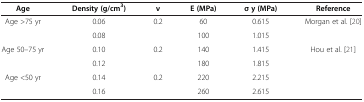
<table><thead><tr><td><b>Age</b></td><td><b>Density (g/cm<sup>3</sup>)</b></td><td><b>ν</b></td><td><b>E (MPa)</b></td><td><b>σ y (MPa)</b></td><td><b>Reference</b></td></tr></thead><tbody><tr><td rowspan="2">Age &gt;75 yr</td><td>0.06</td><td rowspan="2">0.2</td><td>60</td><td>0.615</td><td rowspan="2">Morgan et al. [20]</td></tr><tr><td>0.08</td><td>100</td><td>1.015</td></tr><tr><td rowspan="2">Age 50–75 yr</td><td>0.10</td><td rowspan="2">0.2</td><td>140</td><td>1.415</td><td rowspan="4">Hou et al. [21]</td></tr><tr><td>0.12</td><td>180</td><td>1.815</td></tr><tr><td rowspan="2">Age &lt;50 yr</td><td>0.14</td><td rowspan="2">0.2</td><td>220</td><td>2.215</td></tr><tr><td>0.16</td><td>260</td><td>2.615</td></tr></tbody></table>